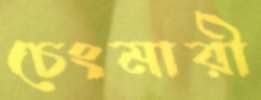
চেংমারী